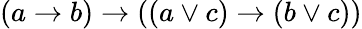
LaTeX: (a\rightarrow b)\rightarrow((a\lor c)\rightarrow(b\lor c))